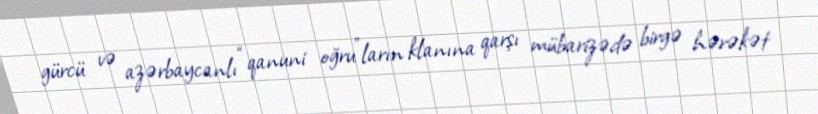
gürcü və azərbaycanlı “qanuni oğru”ların klanına qarşı mübarizədə birgə hərəkət